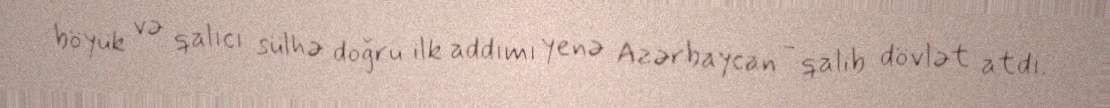
böyük və qalıcı sülhə doğru ilk addımı yenə Azərbaycan - qalib dövlət atdı.